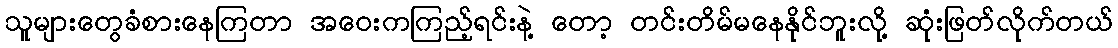
သူများတွေခံစားနေကြတာ အဝေးကကြည့်ရင်းနဲ့ တော့ တင်းတိမ်မနေနိုင်ဘူးလို့ ဆုံးဖြတ်လိုက်တယ်